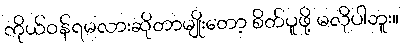
ကိုယ်ဝန်ရမလားဆိုတာမျိုးတော့ စိတ်ပူဖို့ မလိုပါဘူး။